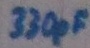
Text: 330pF